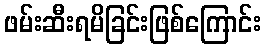
ဖမ်းဆီးရမိခြင်းဖြစ်ကြောင်း